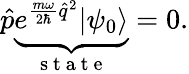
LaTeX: \hat{p}\underbrace{e^{\frac{m\omega}{2\hbar}\hat{q}^{2}}|\psi_{0}\rangle}_{\mathrm{~s~t~a~t~e~}}=0.